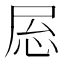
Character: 𫵝